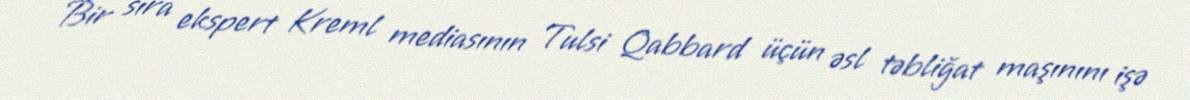
Bir sıra ekspert Kreml mediasının Tulsi Qabbard üçün əsl təbliğat maşınını işə